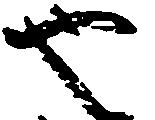
也